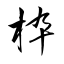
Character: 枠